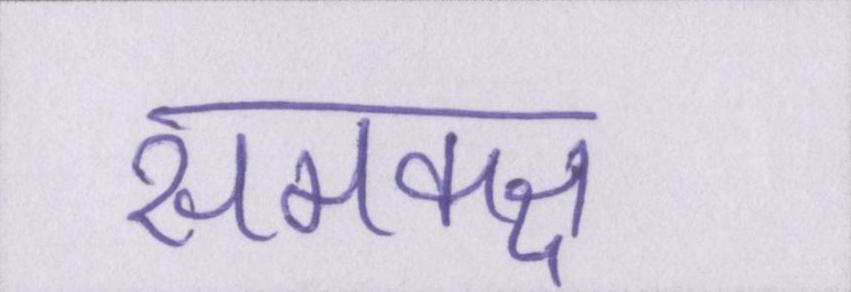
समकक्ष